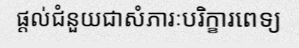
ផ្តល់ជំនួយជាសំភារៈបរិក្ខារពេទ្យ